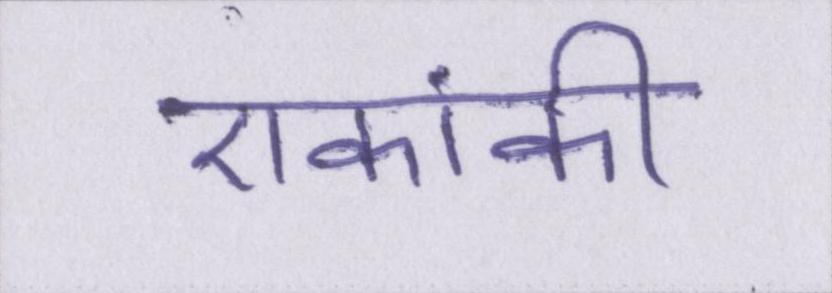
एकांकी